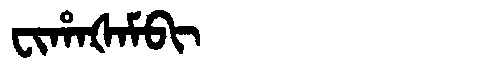
Manchu: ᠸᡳᡥᠠᡧᠠᠮᠪᡳ
Romanization: FIHAŠAMBI